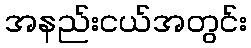
အနည်းငယ်အတွင်း